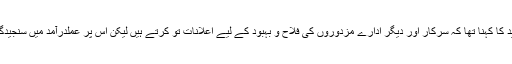
ایک اور کارکن عبدالرشید کا کہنا تھا کہ سرکار اور دیگر ادارے مزدوروں کی فلاح و بہبود کے لیے اعلانات تو کرتے ہیں لیکن اس پر عملدرآمد میں سنجیدگی دیکھنے میں نہیں آتی۔